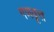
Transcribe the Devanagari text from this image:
गणवृत्त